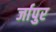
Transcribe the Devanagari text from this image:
र्जापुर